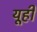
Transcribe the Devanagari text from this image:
यूही